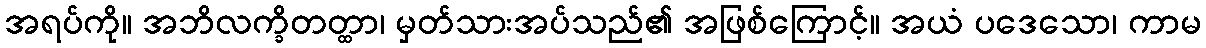
အရပ်ကို။ အဘိလက္ခိတတ္ထာ၊ မှတ်သားအပ်သည်၏ အဖြစ်ကြောင့်။ အယံ ပဒေသော၊ ကာမ